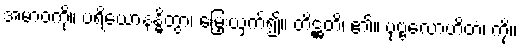
အမာဝကို။ ပရိယောနန္ဓိတွာ၊ မြှေးယှက်၍။ တိဋ္ဌတိ၊ ၏။ ပုဗ္ဗလောဟိတံ၊ ကို။